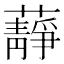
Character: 𧂮